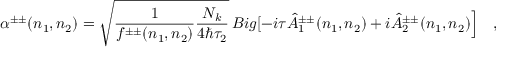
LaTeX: \alpha ^ { \pm \pm } ( n _ { 1 } , n _ { 2 } ) = \sqrt { \frac { 1 } { f ^ { \pm \pm } ( n _ { 1 } , n _ { 2 } ) } \frac { N _ { k } } { 4 \hbar \tau _ { 2 } } } \, B i g [ - i \tau \hat { A } _ { 1 } ^ { \pm \pm } ( n _ { 1 } , n _ { 2 } ) + i \hat { A } _ { 2 } ^ { \pm \pm } ( n _ { 1 } , n _ { 2 } ) \Big ] \ \ \ ,